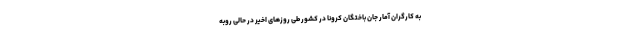
به کارگران آمار جان باختگان کرونا در کشور طی روزهای اخیر در حالی روبه